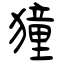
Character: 獞